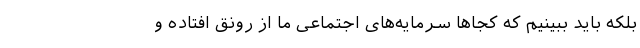
بلکه باید ببینیم که کجاها سرمایه‌‌های اجتماعی ما از رونق افتاده و